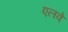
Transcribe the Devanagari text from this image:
एलवे